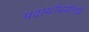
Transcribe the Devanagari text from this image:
पदार्थापर्यंतचे